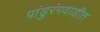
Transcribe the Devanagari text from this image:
पांडुरंगवाडीत